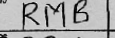
Transcription: RMB